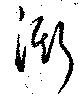
澌